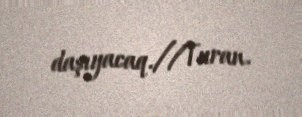
daşıyacaq.//Turan.